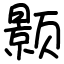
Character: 颢